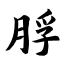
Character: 脬